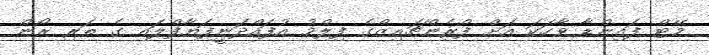
މޭޓް ފައިންޑާ ވާހަކަ އަށް ފްރެންޗައިޒްގެ ފިލްމު އުފައްދަނީފަޔާފްލައި ގެ ތަރި ރޯން